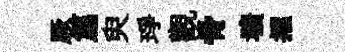
厥篇臾琤觀骨壙擢